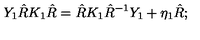
Y _ { 1 } \hat { R } K _ { 1 } \hat { R } = \hat { R } K _ { 1 } \hat { R } ^ { - 1 } Y _ { 1 } + \eta _ { 1 } \hat { R } ;